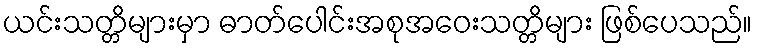
ယင်းသတ္တိများမှာ ဓာတ်ပေါင်းအစုအဝေးသတ္တိများ ဖြစ်ပေသည်။